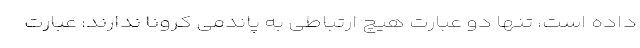
داده است، تنها دو عبارت هیچ ارتباطی به پاندمی کرونا ندارند: عبارت